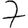
Digit: 7